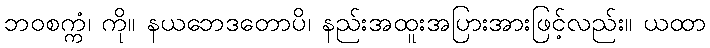
ဘဝစက္ကံ၊ ကို။ နယဘေဒတောပိ၊ နည်းအထူးအပြားအားဖြင့်လည်း။ ယထာ